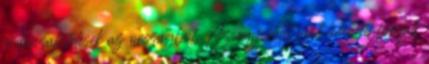
a devizahitelesek az országból. Az egyesület nyílt levélben fordult